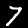
Digit: 7